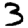
Digit: 3